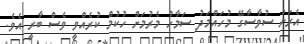
އެރަށު ސުވާސާގޭ މުހައްމަދު ސަމާހު މެރުމަށް ހުކުމް ކުރެއްވީ ވެސް ބާރީ އެވެ.